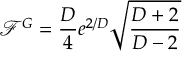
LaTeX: \chi ^ { 2 } = \sum _ { i = 1 } ^ { 4 } \frac { ( Q _ { e x p } ( i ) - Q _ { t h } ( i ) ) ^ { 2 } } { \sigma _ { e x p } ^ { 2 } ( i ) + \sigma _ { t h } ^ { 2 } }